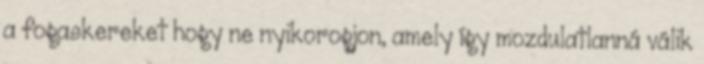
a fogaskereket hogy ne nyikorogjon, amely így mozdulatlanná válik